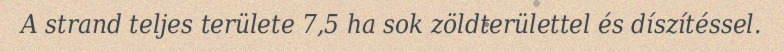
A strand teljes területe 7,5 ha sok zöldterülettel és díszítéssel.